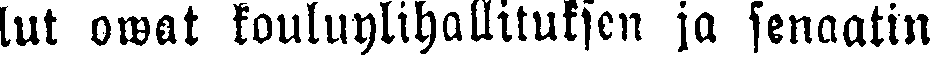
lut owat kouluylihallituksen ja senaatin